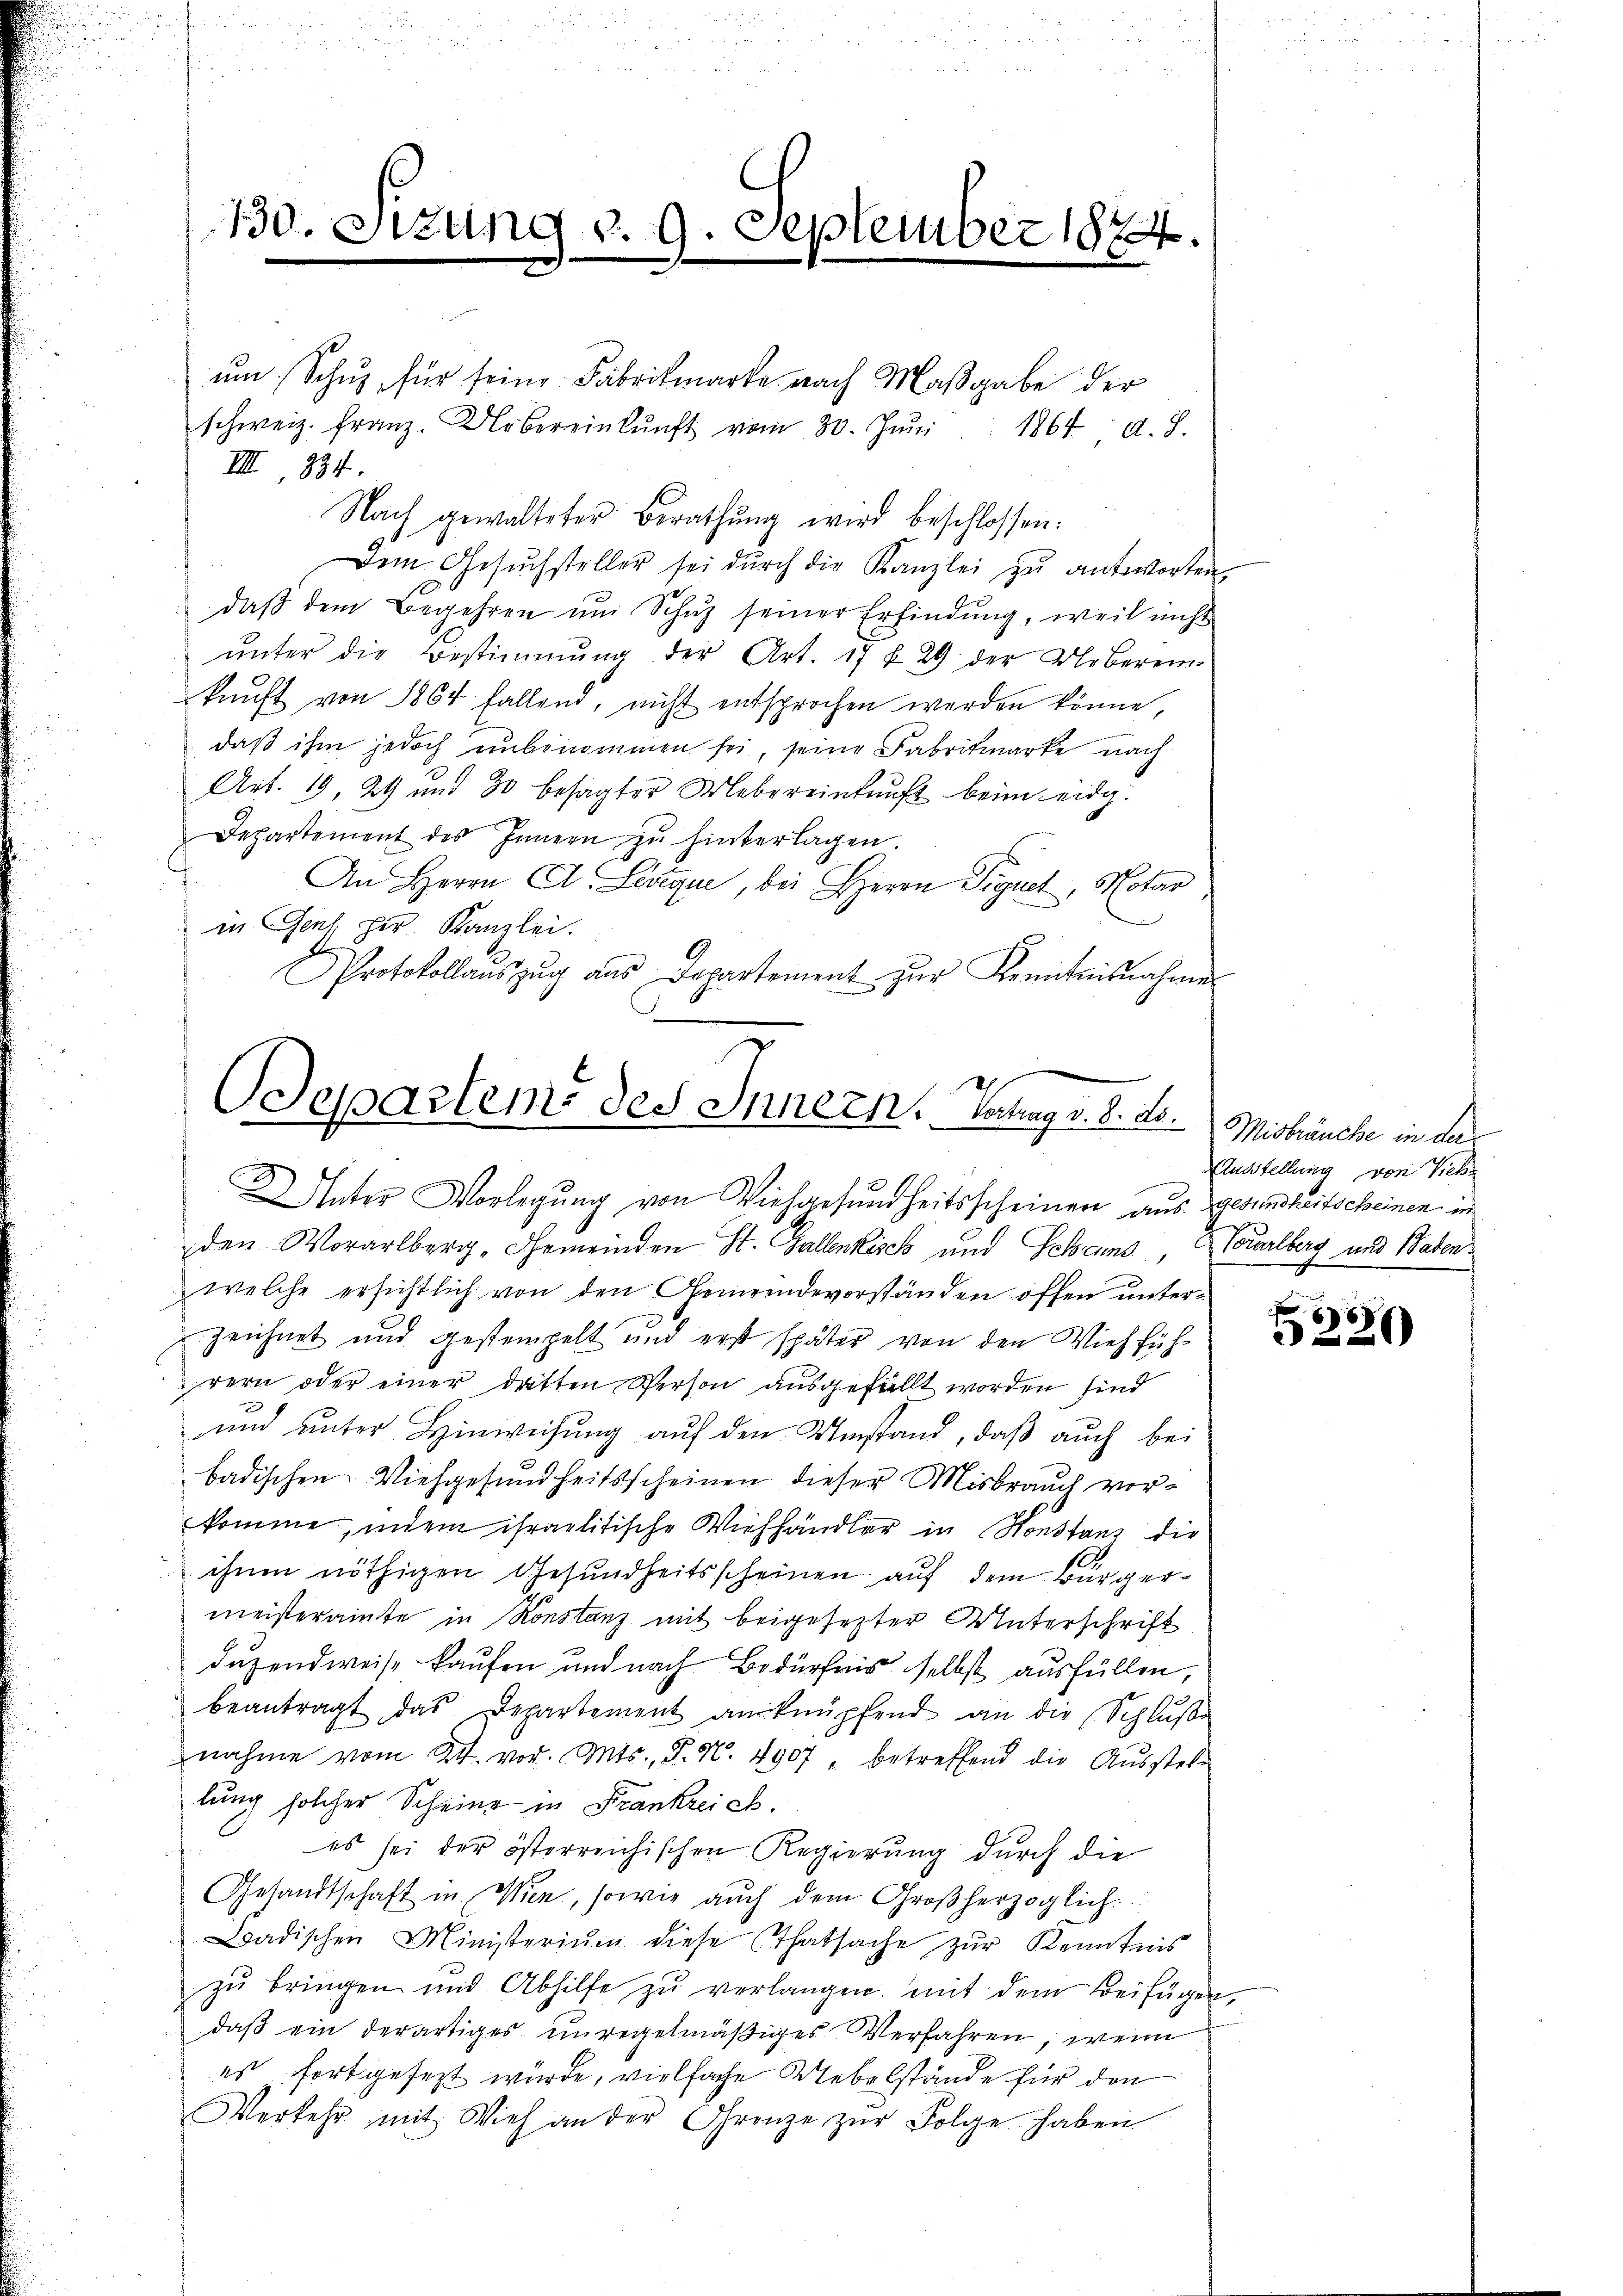
u
C
330. Sitzung d. 9. September 1874.

IIII 334.
Nach gewalteter Berathŭng wird beschlossen:
Dem Gesŭchsteller sei dŭrch die Kanzlei zŭ antworten,
daβ dem Begehren um Schŭz seiner Erfindung, weil nicht
ŭnter die Bestimmung der Art. 17 f 29 der Ueberein
kunft von 1864 fallend, nicht entsprochen werden könne,
daß ihm jedoch unbenommen sei, seine Fabritmarke nach
Art. 19, 29 und 30 besagter Uebereinkunft beim eidg.
Departement des Innern zŭ hinterlagen.
An Herrn A. Livique, bei Herrn Signet, Notar
in Gent Hr. Kanzlei.
Protokollaŭszŭg aŭs Departement zŭr Kenntnisnahme

ŭm Schŭz, für seine Fabrikmarke nach Maßgabe der

schweiz. Franz. Obereinkunft vom 30. Jŭni 1864 d. 8.

Odepartem des Innern, Vortrag v. 8. No.
2 Unter Vorlegung von Viehgesundheitsscheinen aus gesundheitscheinen im
den Worarlberg-Gemeinden St. Gallenkisch und Scheund, Vorarlberg und Baden

welche ersichtlich von den Gemeindevorständen offen unterzeichnet und gestempelt und erst später von den Viehfüh-
rern oder einer detten Person ausgefällt worden sind
.
ŭnd ŭnter Hinweisŭng aŭf den Umstand, daβ aŭch bei
badischen Viehgesundheitsscheinen dieser Misbrauch vorkomme, indem ihraelitische Viehhändler in Konstanz die
ihnen nöthigen Gesundheitsscheinen auf dem Bürgermeisteramte in Konstanz mit beigesezter Unterschrift
duzendweise kaufen und nach Bedürfnis selbst ausfüllen,
beantragt das Departement anknüpfend an die Schlŭβe
nahme vom 24. vor. Mts., P. N. 4907 " betreffend die Ausstellung solcher Scheine in Frankreich.
es sei der österreichischen Regierung durch die
Gesandtschaft in Wien, sowie auch dem Großherzoglich
Badischen Ministeriŭm diese (Thatsache zŭr Kenntnis
zŭ bringen und Abhilfe zŭ verlangen mit dem Beifügen
daβ ein derartiges unregelmäβiges Verfahren, wenn
es fortgesezt wurde, vielfache Uebelstände für den
Verkehr mit Vieh an der Grenze zŭr Folge haben

Misbräuche in der
Ausstellung von Vieh¬

¬
3220)